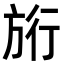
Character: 𭤷